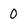
Character: 0